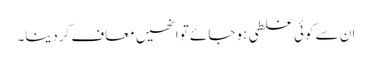
ان سے کوئی غلطی ہو جائے تو انھیں معاف کردینا۔